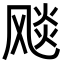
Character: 𩙪